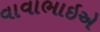
વાવાભાઇએ